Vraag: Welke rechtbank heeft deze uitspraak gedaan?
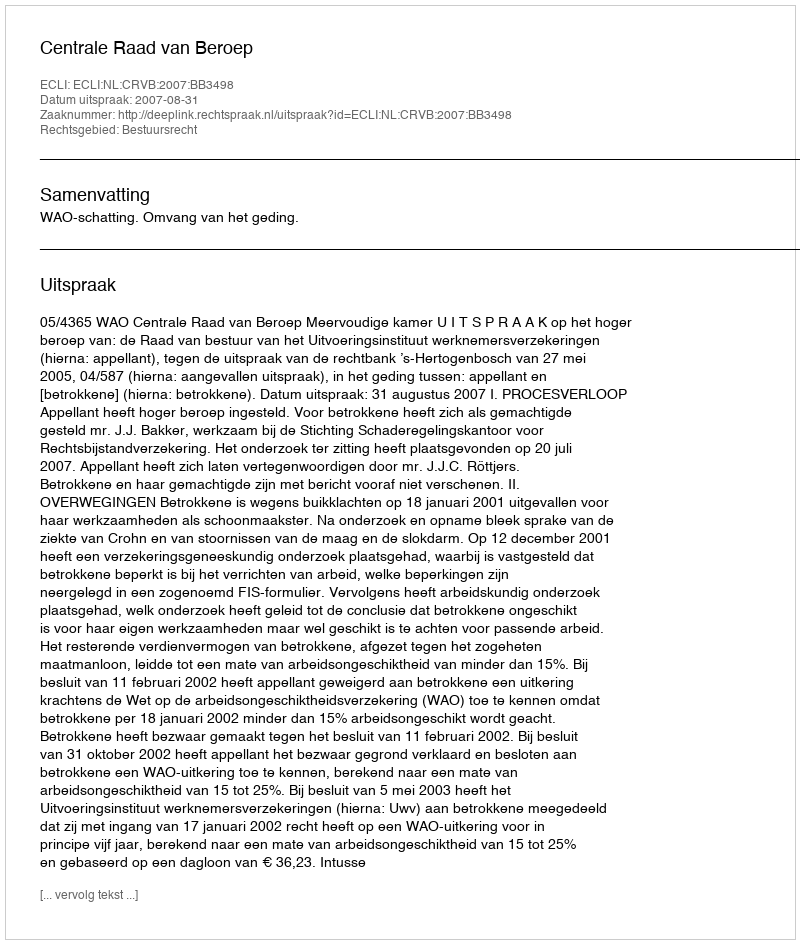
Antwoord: Centrale Raad van Beroep